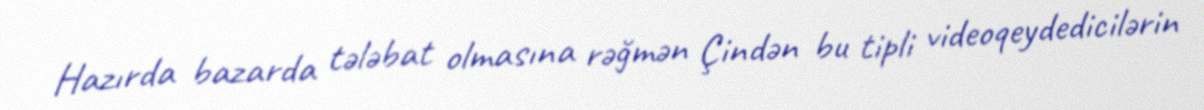
Hazırda bazarda tələbat olmasına rəğmən Çindən bu tipli videoqeydedicilərin